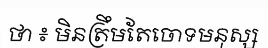
ថា ៖ មិនត្រឹមតែចោទមនុស្ស